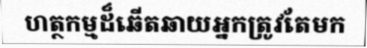
ហត្ថកម្មដ៏ឆើតឆាយអ្នកត្រូវតែមក